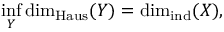
\operatorname* { i n f } _ { Y } \dim _ { \operatorname { H a u s } } ( Y ) = \dim _ { \operatorname { i n d } } ( X ) ,